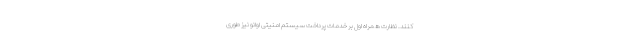
کنند. نظارت همراه اول بر خدمات پرداخت سیستم امنیتی اوانو نیز طوری